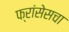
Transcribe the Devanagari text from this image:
फ्रांसेसचा